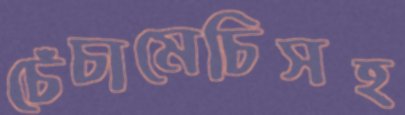
চেঁচামেচিসহ